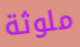
ملوثة